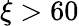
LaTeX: \xi>60